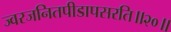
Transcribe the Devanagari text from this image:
ज्वरजनितपीडापसरति॥२०॥